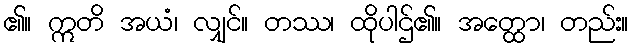
၏။ ဣတိ အယံ၊ လျှင်။ တဿ၊ ထိုပါဌ်၏။ အတ္ထော၊ တည်း။